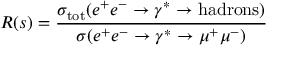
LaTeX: R ( s ) = \frac { \sigma _ { \mathrm { t o t } } ( e ^ { + } e ^ { - } \rightarrow \gamma ^ { * } \rightarrow \mathrm { h a d r o n s } ) } { \sigma ( e ^ { + } e ^ { - } \rightarrow \gamma ^ { * } \rightarrow \mu ^ { + } \mu ^ { - } ) }